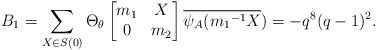
\begin{align*} B_{1}=\sum_{X \in S(0)}\Theta_{\theta} \begin{bmatrix} m_{1} & X\\ 0 & m_{2}\end{bmatrix} \overline{\psi_{A}({m_{1}}^{-1}X})=-q^{8}(q-1)^{2}. \end{align*}